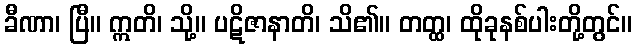
ခီဏာ၊ ပြီ။ ဣတိ၊ သို့။ ပဋိဇာနာတိ၊ သိ၏။ တတ္ထ၊ ထိုခုနစ်ပါးတို့တွင်။